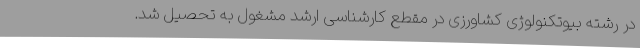
در رشته بیوتکنولوژی کشاورزی در مقطع کارشناسی ارشد مشغول به تحصیل شد.